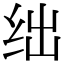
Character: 绌